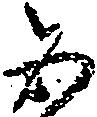
五